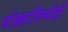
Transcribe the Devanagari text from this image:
घोड्यांविष्यीही